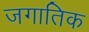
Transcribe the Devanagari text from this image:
जगातिक